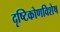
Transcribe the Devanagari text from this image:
दृष्टिकोणविशेष